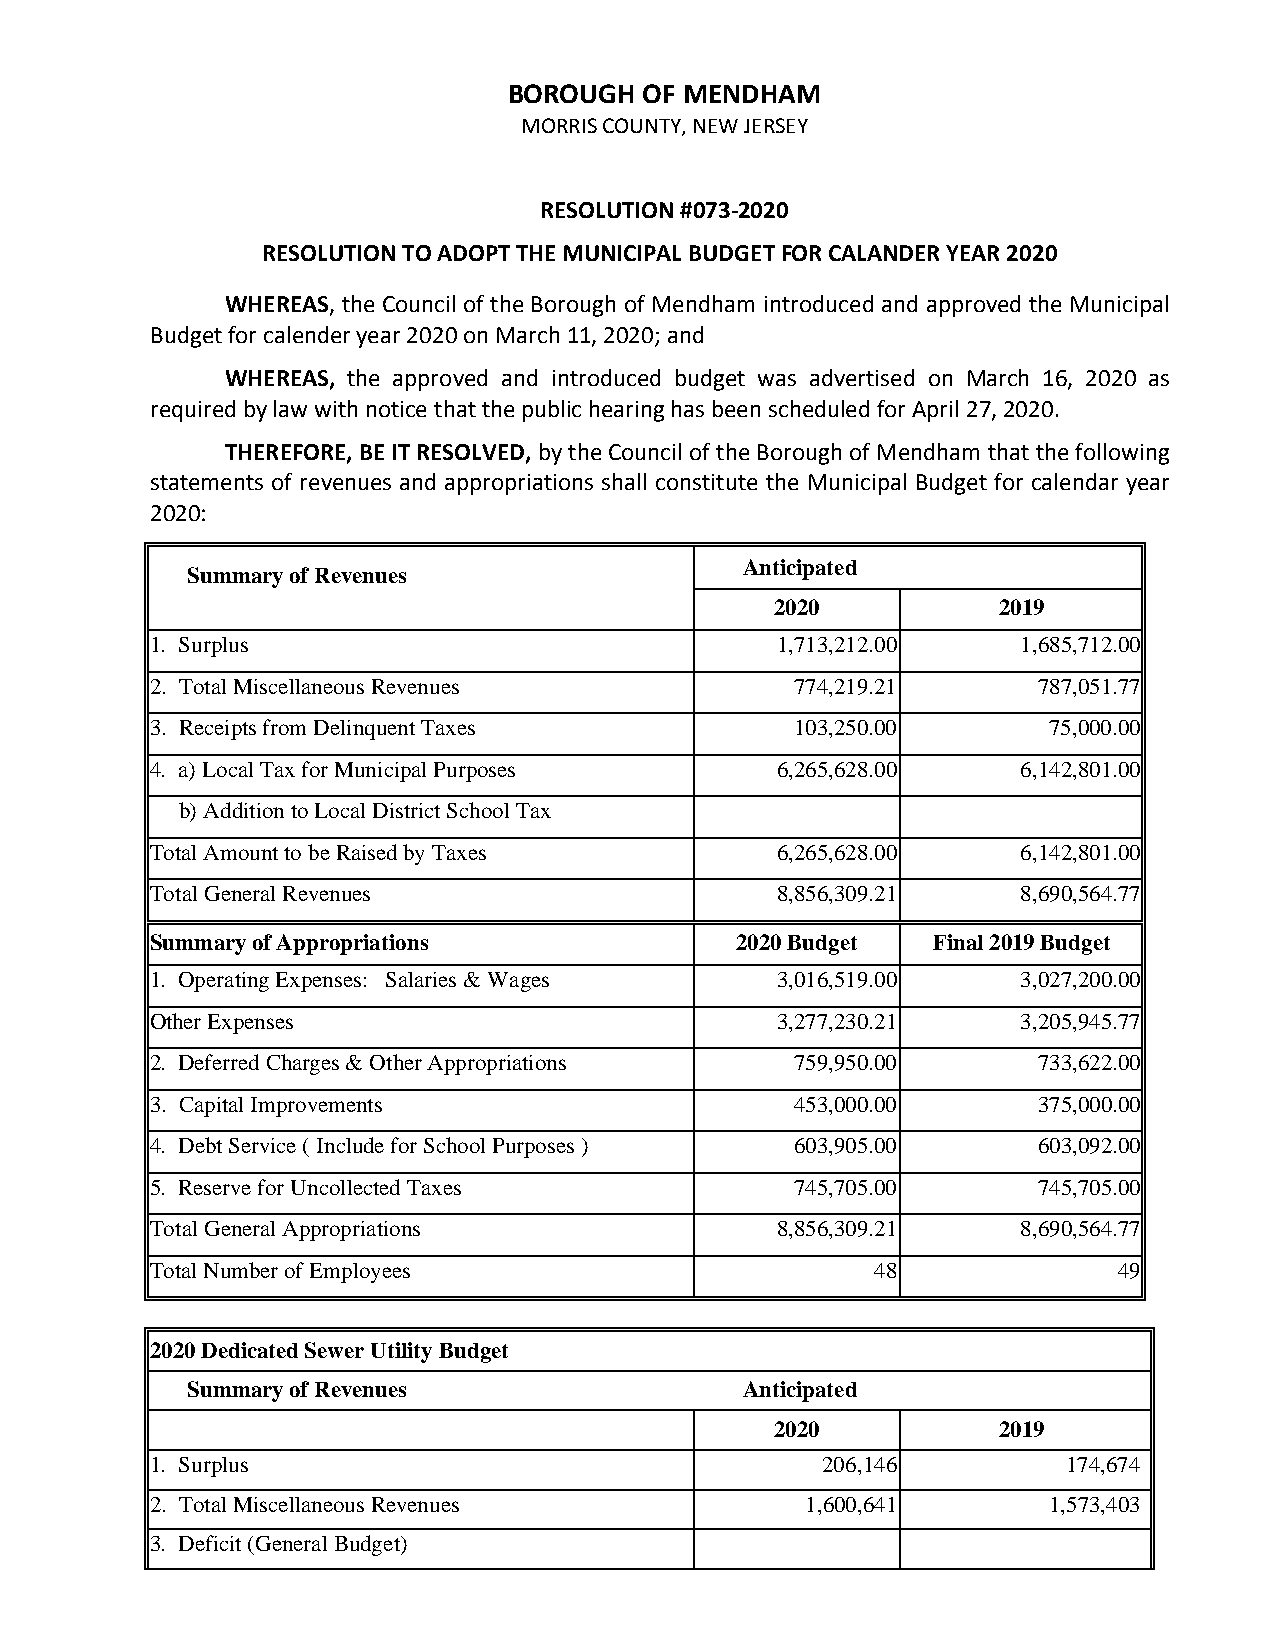
BOROUGH  OF MENDHAM
 MORRIS COUNTY, NEW JERSEY
 RESOLUTION #073-2020
 RESOLUTION TO ADOPT THE MUNICIPAL BUDGET FOR CALANDER YEAR 2020
 WHEREAS, the Council of the Borough of Mendham introduced and approved the Municipal
 Budget for calender year 2020 on March 11, 2020; and
 WHEREAS, the approved and introduced budget was advertised on March 16, 2020 as
 required by law with notice that the public hearing has been scheduled for April 27, 2020.
 THEREFORE, BE IT RESOLVED, by the Council of the Borough of Mendham that the following
 statements of revenues and appropriations shall constitute the Municipal Budget for calendar year
 2020:
 Anticipated
 Summary of Revenues
 2020           2019
 1. Surplus                               1,713,212.00     1,685,712.00
 2. Total Miscellaneous Revenues            774,219.21      787,051.77
 3. Receipts from Delinquent Taxes          103,250.00      75,000.00
 4. a) Local Tax for Municipal Purposes   6,265,628.00     6,142,801.00
 b) Addition to Local District School Tax
 Total Amount to be Raised by Taxes       6,265,628.00     6,142,801.00
 Total General Revenues                   8,856,309.21     8,690,564.77
 Summary of Appropriations              2020 Budget  Final 2019 Budget
 1. Operating Expenses: Salaries & Wages  3,016,519.00     3,027,200.00
 Other Expenses                           3,277,230.21     3,205,945.77
 2. Deferred Charges & Other Appropriations 759,950.00      733,622.00
 3. Capital Improvements                    453,000.00      375,000.00
 4. Debt Service ( Include for School Purposes ) 603,905.00 603,092.00
 5. Reserve for Uncollected Taxes           745,705.00      745,705.00
 Total General Appropriations             8,856,309.21     8,690,564.77
 Total Number of Employees                       48              49
 2020 Dedicated Sewer Utility Budget
 Summary of Revenues                  Anticipated
 2020           2019
 1. Surplus                                  206,146          174,674
 2. Total Miscellaneous Revenues            1,600,641       1,573,403
 3. Deficit (General Budget)